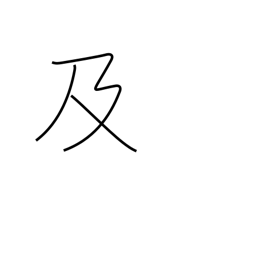
Meaning: cause